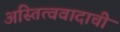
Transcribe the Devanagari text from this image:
अस्तित्ववादाची